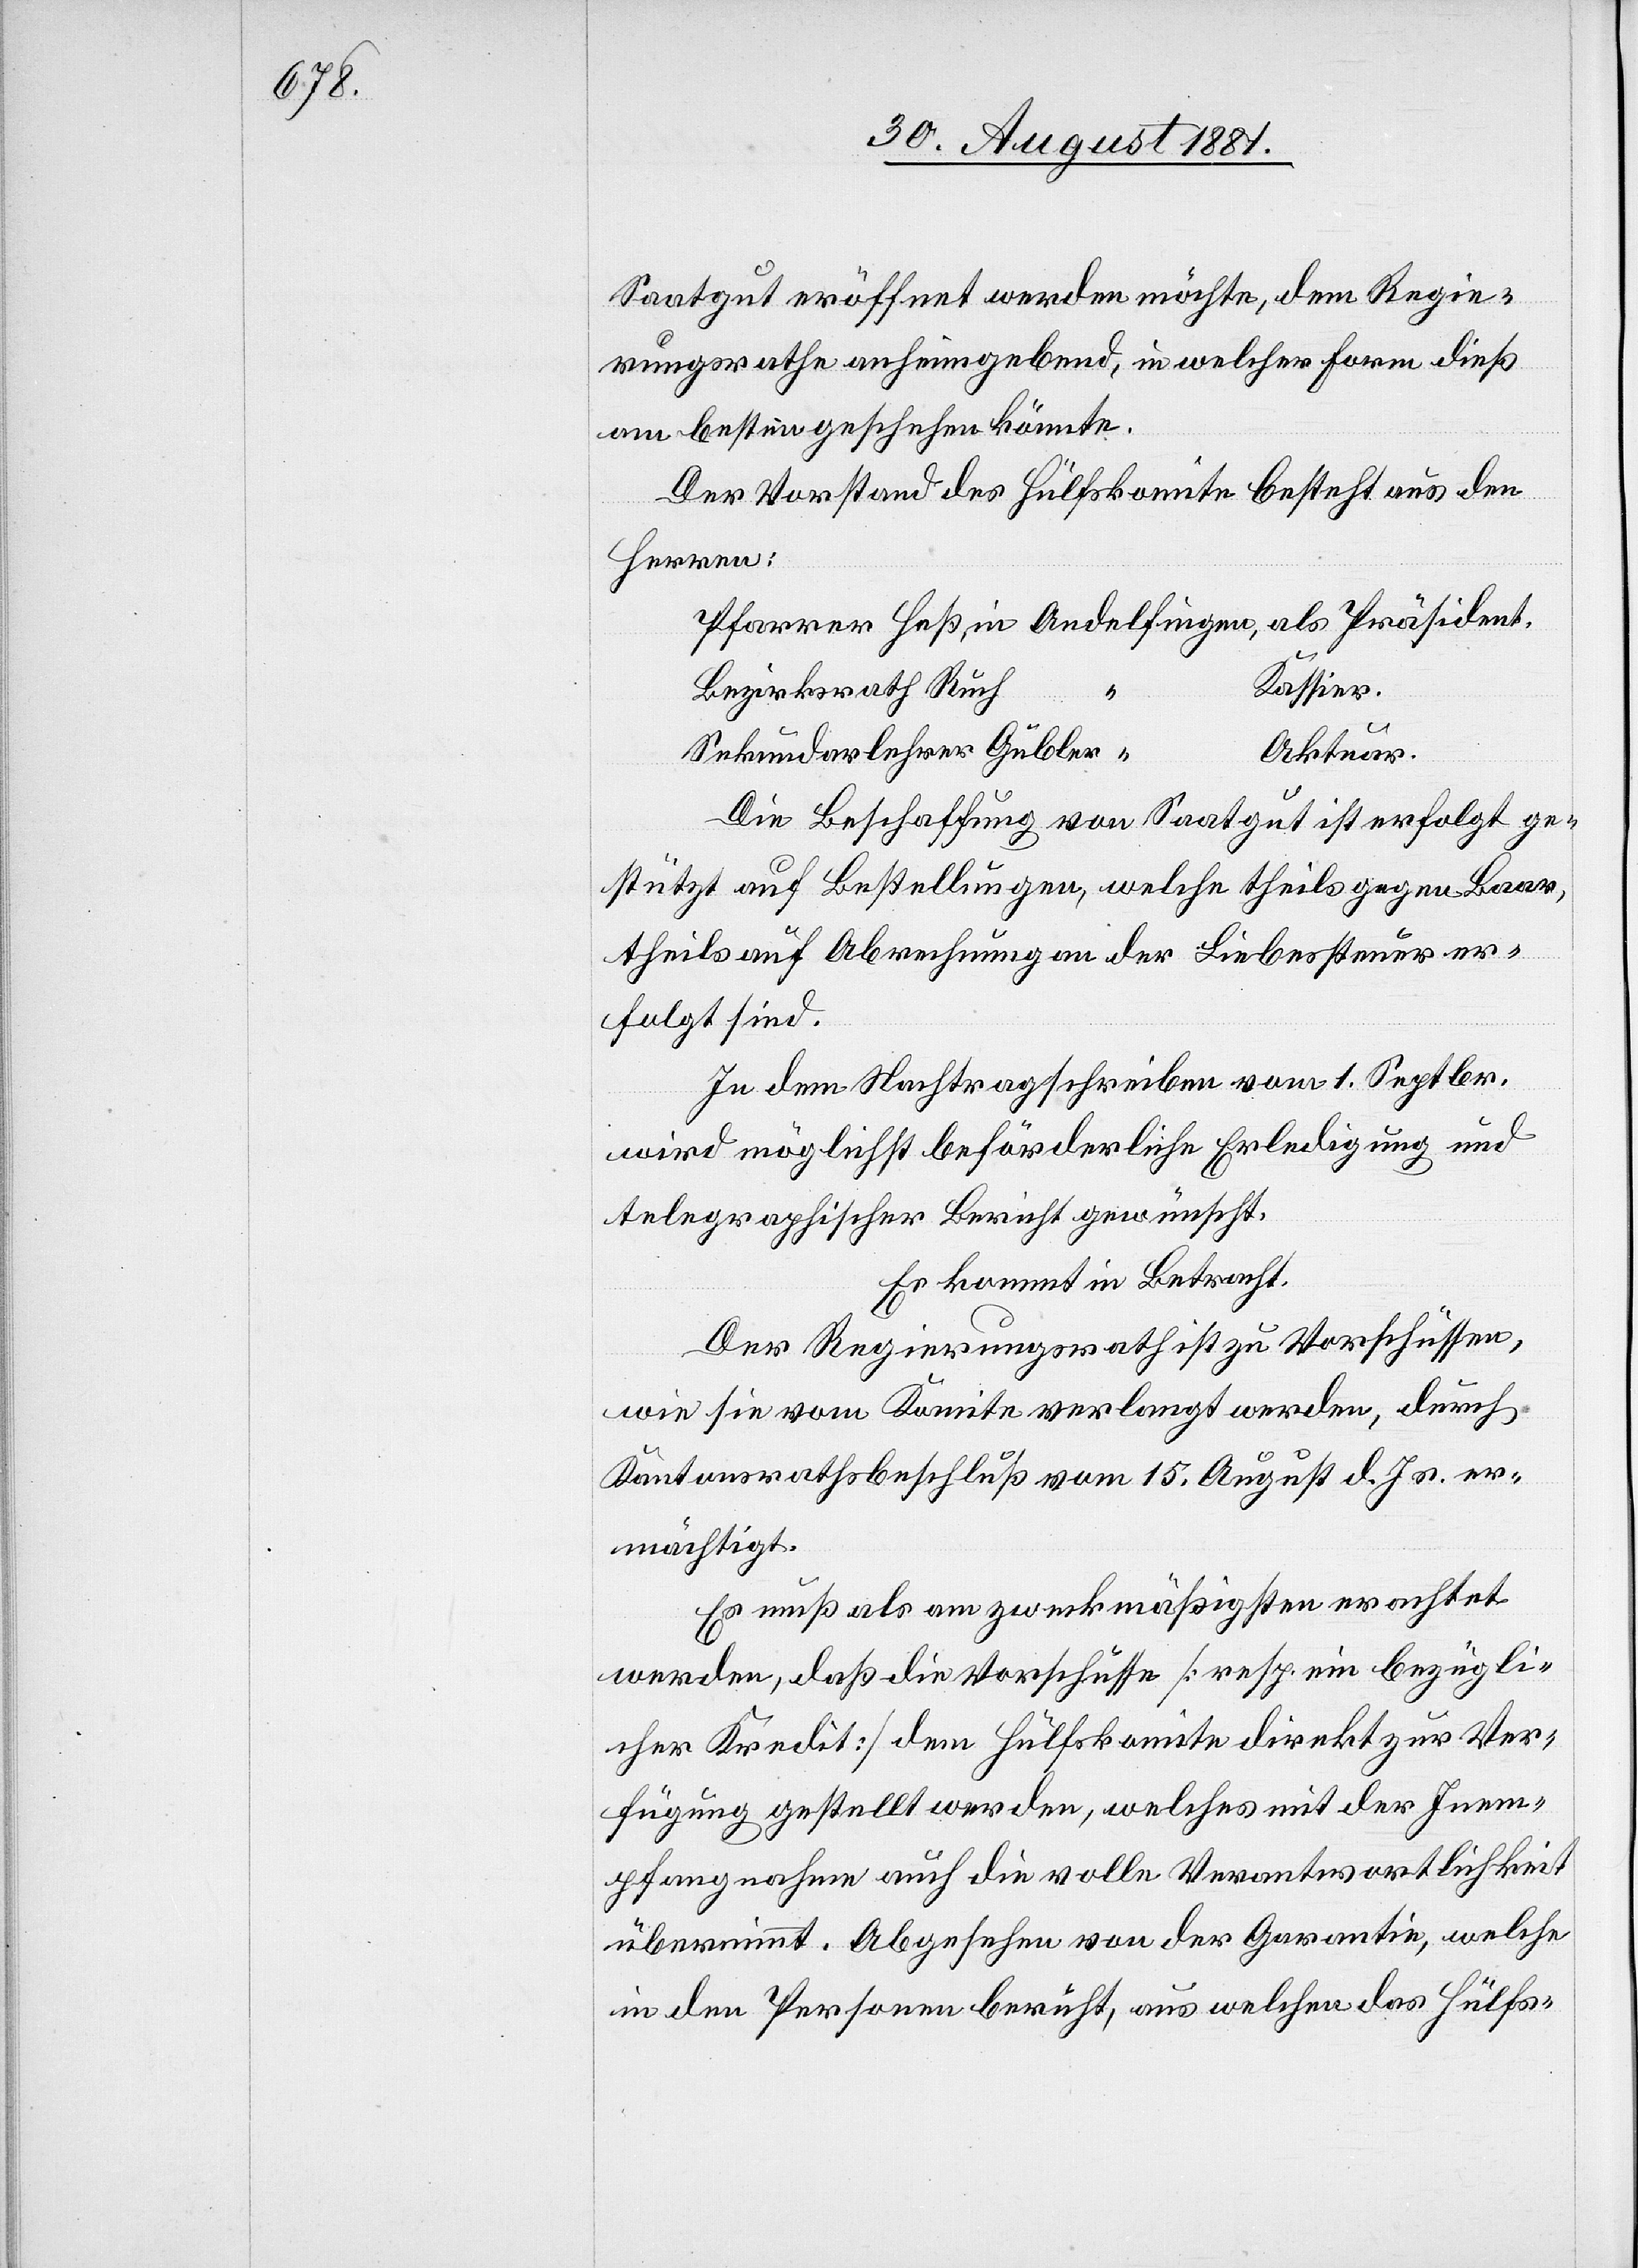
Saatgut eröffnet werden möchte, dem Regie¬
rungsrathe anheimgebend, in welcher Form dieß
am besten geschehen könnte.
Der Vorstand des Hülfskomite[s] besteht aus den
Herren:
Bezirksrath Ruch
Kassier.
Sekundarlehrer Gübler
Aktuar.
Die Beschaffung von Saatgut ist erfolgt ge¬
stützt auf Bestellungen, welche theils gegen Baar,
theils auf Abrechnung an der Liebessteuer er¬
folgt sind.
In dem Nachtragschreiben vom 1. Septbr.
wird möglichst beförderliche Erledigung und
telegraphischer Bericht gewünscht.
Es kommt in Betracht:
Der Regierungsrath ist zu Vorschüssen,
wie sie vom Komite verlangt werden, durch
Kantonsrathsbeschluß vom 15. August d. Js. er¬
mächtigt.
Es muß als am zweckmäßigsten erachtet
werden, daß die Vorschüsse [resp. ein bezügli¬
cher Kredit] dem Hülfskomite direkt zur Ver¬
fügung gestellt werden, welches mit der Inem¬
pfangnahme auch die volle Verantwortlichkeit
übernimmt. Abgesehen von der Garantie, welche
in den Personen beruht, aus welchen das Hülfs-